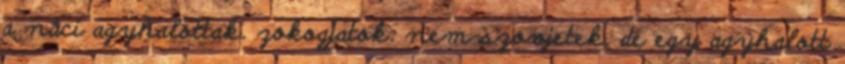
a náci agyhalottak. zokogjatok: nem szovjetek. de egy agyhalott